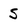
Character: 5